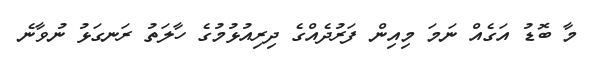
މާ ބޮޑު އަގެއް ނަމަ މިއިން ފަރުދެއްގެ ދިރިއުޅުމުގެ ހާލަތު ރަނގަޅު ނުވާނެ